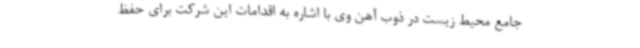
جامع محیط زیست در ذوب آهن وی با اشاره به اقدامات این شرکت برای حفظ